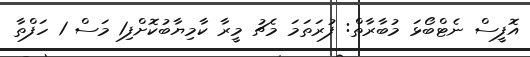
އޮފީސް ނެޓްބޯޅަ މުބާރާތް: ފުރަތަމަ މެޗު މީރާ ކާމިޔާބުކޮށްފި1 މަސް 1 ހަފްތާ